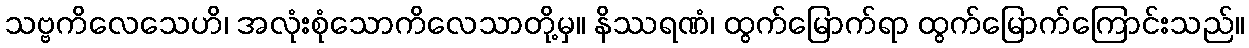
သဗ္ဗကိလေသေဟိ၊ အလုံးစုံသောကိလေသာတို့မှ။ နိဿရဏံ၊ ထွက်မြောက်ရာ ထွက်မြောက်ကြောင်းသည်။